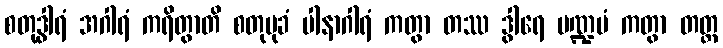
စတုဒွါရံ အဂါရံ ကရိတွာတိ စတုမုခံ ပါနာဂါရံ ကတွာ တဿ ဒွါရေ မဏ္ဍပံ ကတွာ တတ္ထ